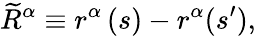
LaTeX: \widetilde{R}^{\alpha}\equiv r^{\alpha}\left(s\right)-r^{\alpha}(s^{\prime}),